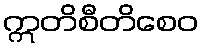
ဣတိစီတိစေဝ